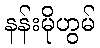
နန်းမိုဟွမ်